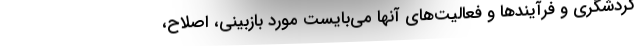
گردشگری و فرآیندها و فعالیت‌های آنها می‌بایست مورد بازبینی، اصلاح،